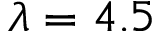
\lambda = 4 . 5